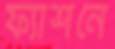
ফ্যাশনে